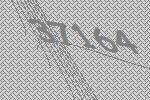
37164